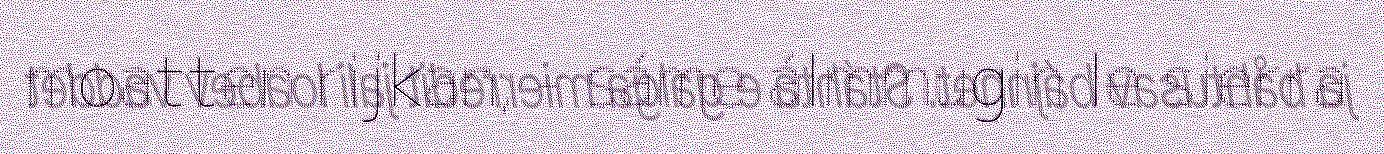
moatten rijkan, - sáme álmmugin le sierra